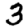
Digit: 3